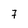
Character: 7